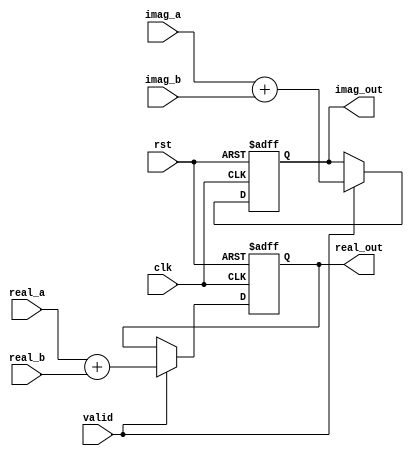
module FFT_ADDER(clk, rst, valid, real_a, imag_a, real_b, imag_b, real_out, imag_out);

input clk, rst;
input valid;
input signed [31:0] real_a, imag_a;
input signed [31:0] real_b, imag_b;
output signed [31:0] real_out;
output signed [31:0] imag_out;

reg signed [31:0] real_out;
reg signed [31:0] imag_out;

always@(posedge clk or posedge rst)
	if(rst)
	begin
		real_out <= 0;
		imag_out <= 0;
	end
	else if(valid)
	begin
		real_out <= real_a + real_b;
		imag_out <= imag_a + imag_b;
	end


endmodule